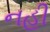
નહી